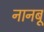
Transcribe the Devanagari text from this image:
नानबू